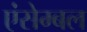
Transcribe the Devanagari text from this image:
एंसेम्बल